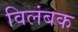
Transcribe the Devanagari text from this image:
विलंबक